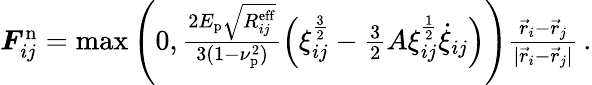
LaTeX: \begin{array}{r}{\boldsymbol{F}_{ij}^{\mathrm{n}}=\operatorname*{max}\left(0,\frac{2E_{\mathrm{p}}\sqrt{R_{ij}^{\mathrm{eff}}}}{3(1-\nu_{\mathrm{p}}^{2})}\left(\xi_{ij}^{\frac{3}{2}}-\frac{3}{2}A\xi_{ij}^{\frac{1}{2}}\dot{\xi}_{ij}\right)\right)\frac{\vec{r}_{i}-\vec{r}_{j}}{|\vec{r}_{i}-\vec{r}_{j}|}\, .}\end{array}